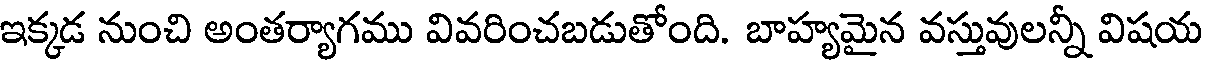
ఇక్కడ నుంచి అంతర్యాగము వివరించబడుతోంది. బాహ్యమైన వస్తువులన్నీ విషయ